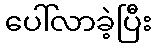
ပေါ်လာခဲ့ပြီး